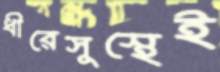
ধীরেসুস্থেই